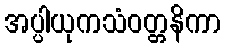
အပ္ပါယုကသံဝတ္တနိကာ